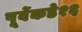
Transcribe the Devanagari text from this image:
पूर्वेकडे१६